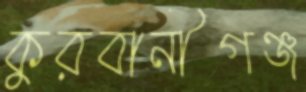
কুরবানীগঞ্জ